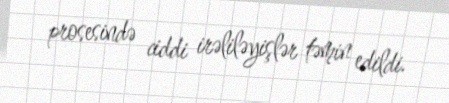
prosesində ciddi irəliləyişlər təmin edildi.